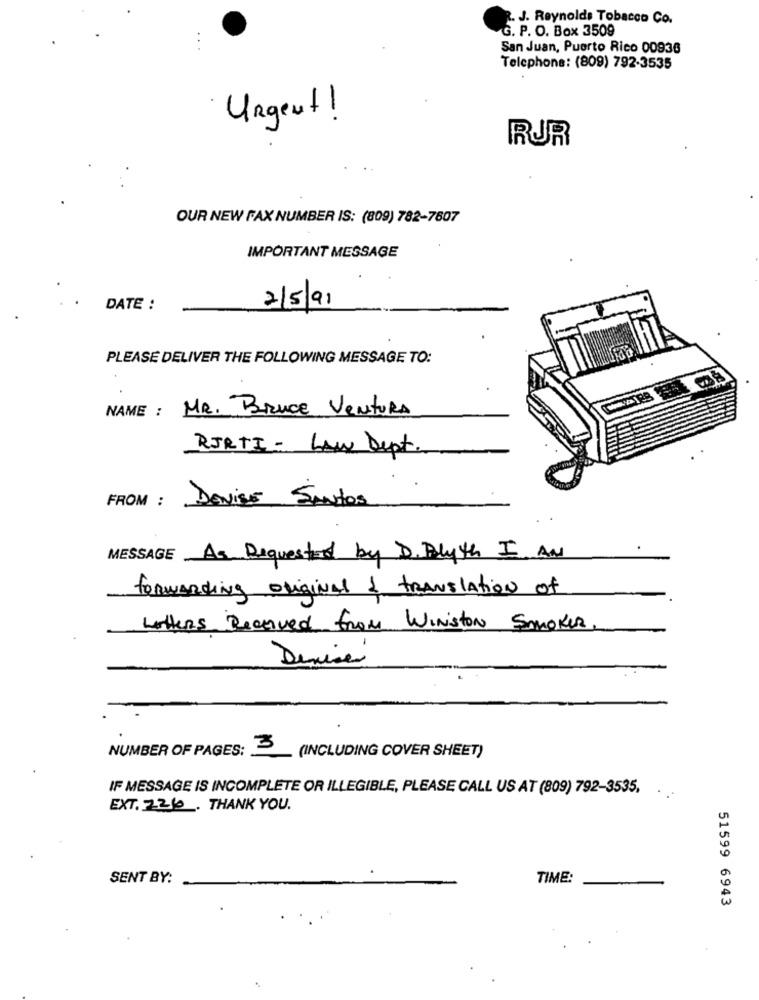
R. J. Reynolds Tobacco Co.
G. P. O. Box 3509
...
San Juan, Puerto Rico 00936
Telephone: (809) 792-3535
Urgent!
RUR
OUR NEW FAX NUMBER IS: (809) 782-7607
IMPORTANT MESSAGE
2/5/91
DATE :
PLEASE DELIVER THE FOLLOWING MESSAGE TO:
NAME : MR. Bruce VENTURA
RJRTI - Law Dept.
FROM : DENISE SANTOS
MESSAGE As Requested by D. Blyth I AM
forwarding original & translation of
Letters Received from WINiston Smokes
Denise
NUMBER OF PAGES:
(INCLUDING COVER SHEET)
IF MESSAGE IS INCOMPLETE OR ILLEGIBLE, PLEASE CALL US AT (809) 792-3535,
..
EXT. 2260. THANK YOU.
SENT BY:
TIME:
51599 6943